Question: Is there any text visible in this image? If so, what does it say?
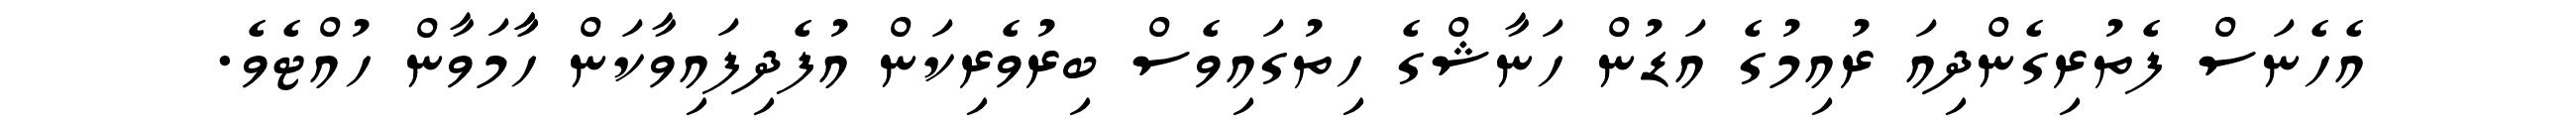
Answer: އެހެނަސް ފެތުރިގެންދިއަ ރުއިމުގެ އަޑުން ހަނާޝްގެ ހިތުގައިވެސް ބިރުވެރިކަން އުފެދިފައިވާކަން ހާާމަވާން ހުއްޓެވެ.